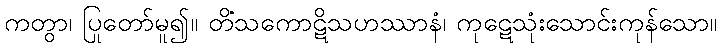
ကတွာ၊ ပြုတော်မူ၍။ တိံသကောဋိသဟဿာနံ၊ ကုဋေသုံးသောင်းကုန်သော။